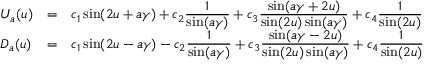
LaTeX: \begin{array} { l c l } { { U _ { a } ( u ) } } & { { = } } & { { c _ { 1 } \sin ( 2 u + a \gamma ) + c _ { 2 } \frac { \textstyle 1 } { \textstyle \sin ( a \gamma ) } + c _ { 3 } \frac { \textstyle \sin ( a \gamma + 2 u ) } { \textstyle \sin ( 2 u ) \sin ( a \gamma ) } + c _ { 4 } \frac { \textstyle 1 } { \textstyle \sin ( 2 u ) } } } \\ { { D _ { a } ( u ) } } & { { = } } & { { c _ { 1 } \sin ( 2 u - a \gamma ) - c _ { 2 } \frac { \textstyle 1 } { \textstyle \sin ( a \gamma ) } + c _ { 3 } \frac { \textstyle \sin ( a \gamma - 2 u ) } { \textstyle \sin ( 2 u ) \sin ( a \gamma ) } + c _ { 4 } \frac { \textstyle 1 } { \textstyle \sin ( 2 u ) } } } \end{array}